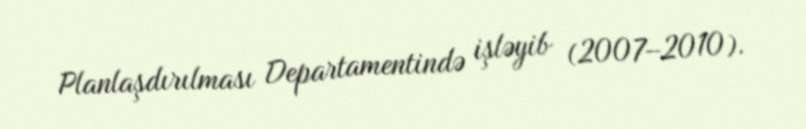
Planlaşdırılması Departamentində işləyib (2007–2010).